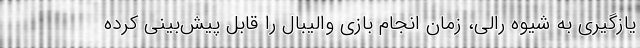
یازگیری به شیوه رالی، زمان انجام بازی والیبال را قابل پیش‌بینی کرده